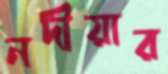
নদীয়ার